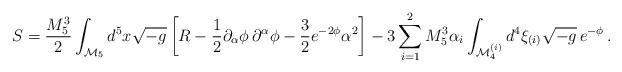
LaTeX: \begin{align*}S=\frac{M_5^3}{2}\int _{{\cal M}_5} d^5 x \sqrt{-g}\left[ R-\frac{1}{2}\partial _\alpha \phi \,\partial ^\alpha \phi -\frac{3}{2}e^{-2\phi }\alpha ^2\right] -3\sum_{i=1}^2 M_5^3\alpha _i \int _{{\cal M}_4^{(i)}} d^4 \xi_{(i)}\sqrt{-g}\,e^{-\phi }\,. \end{align*}